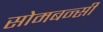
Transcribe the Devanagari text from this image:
सोमबन्सी